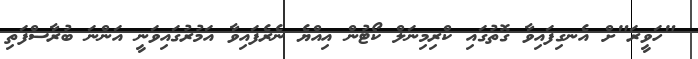
"ހަވީރަ"ށް އެނގިފައިވާ ގޮތުގައި ކްރިމިނަލް ކޯޓުން އިއްޔެ ނެރެފައިވާ އަމުރުގައިވަނީ އަންނަ ބުރާސްފަތި